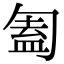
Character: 㔩